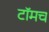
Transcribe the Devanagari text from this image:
टॉमच